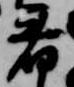
着